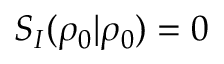
S _ { I } ( \rho _ { 0 } | \rho _ { 0 } ) = 0